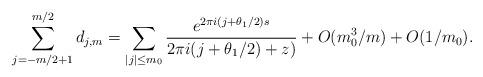
LaTeX: \begin{align*}\sum_{ j = -m/2+1}^{m/2} d_{j,m} = \sum_{ |j| \leq m_0 } \frac{ e^{ 2 \pi i (j + \theta_1/2) s } }{ 2 \pi i (j + \theta_1/2) + z ) } + O(m_0^3/m) + O(1/m_0).\end{align*}